Report on the cultivation and use of ganja
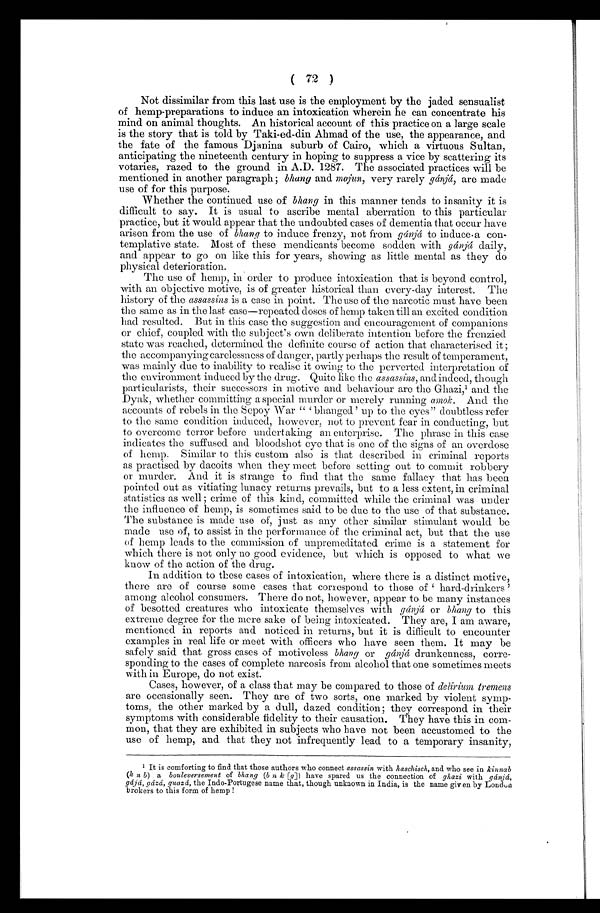
( 72 )
Not dissimilar from this last use is the employment by the jaded sensualist
of hemp-preparations to induce an intoxication wherein he can concentrate his
mind on animal thoughts. An historical account of this practice on a large scale
is the story that is told by Taki-ed-din Ahmad of the use, the appearance, and
the fate of the famous Djanina suburb of Cairo, which a virtuous Sultan,
anticipating the nineteenth century in hoping to suppress a vice by scattering its
votaries, razed to the ground in A.D. 1287. The associated practices will be
mentioned in another paragraph ; bhang and majun, very rarely gánjá, are made
use of for this purpose.
Whether the continued use of bhang in this manner tends to insanity it is
difficult to say. It is usual to ascribe mental aberration to this particular
practice, but it would appear that the undoubted cases of dementia that occur have
arisen from the use of bhang to induce frenzy, not from gánjá to induce-a con-
templative state. Most of these mendicants become sodden with gánjá daily,
and appear to go on like this for years, showing as little mental as they do
physical deterioration.
The use of hemp, in order to produce intoxication that is beyond control,
with an objective motive, is of greater historical than every-day interest. The
history of the assassins is a case in point. The use of the narcotic must have been
the same as in the last case—repeated doses of hemp taken till an excited condition
had resulted. But in this case the suggestion and encouragement of companions
or chief, coupled with the subject's own deliberate intention before the frenzied
state was reached, determined the definite course of action that characterised it ;
the accompanying carelessness of danger, partly perhaps the result of temperament,
was mainly due to inability to realise it owing to the perverted interpretation of
the environment induced by the drug. Quite like the assassins, and indeed, though
particularists, their successors in motive and behaviour are the Ghazi,¹ and the
Dyak, whether committing a special murder or merely running amok. And the
accounts of rebels in the Sepoy War "‘bhanged' up to the eyes" doubtless refer
to the same condition induced, however, not to prevent fear in conducting, but
to overcome terror before undertaking an enterprise. The phrase in this case
indicates the suffused and bloodshot eye that is one of the signs of an overdose
of hemp, Similar to this custom also is that described in criminal reports
as practised by dacoits when they meet before setting out to commit robbery
or murder. And it is strange to find that the same fallacy that has been
pointed out as vitiating lunacy returns prevails, but to a less extent, in criminal
statistics as well ; crime of this kind, committed while the criminal was under
the influence of hemp, is sometimes said to be due to the use of that substance.
The substance is made use of, just as any other similar stimulant would be
made use of, to assist in the performance of the criminal act, but that the use
of hemp leads to the commission of unpremeditated crime is a statement for
which there is not only no good evidence, but which is opposed to what we
know of the action of the drug.
In addition to these cases of intoxication, where there is a distinct motive,
there are of course some cases that correspond to those of ‘hard-drinkers'
among alcohol consumers. There do not, however, appear to be many instances
of besotted creatures who intoxicate themselves with gánjá or bhang to this
extreme degree for the mere sake of being intoxicated. They are, I am aware,
mentioned in reports and noticed in returns, but it is difficult to encounter
examples in real life or meet with officers who have seen them. It may be
safely said that gross cases of motiveless bhang or gánjá drunkenness, corre-
sponding to the cases of complete narcosis from alcohol that one sometimes meets
with in Europe, do not exist.
Cases, however, of a class that may be compared to those of delirium tremens
are occasionally seen. They are of two sorts, one marked by violent symp-
toms, the other marked by a dull, dazed condition; they correspond in their
symptoms with considerable fidelity to their causation. They have this in com-
mon, that they are exhibited in subjects who have not been accustomed to the
use of hemp, and that they not infrequently lead to a temporary insanity,
¹ It is comforting to find that those authors who connect assassin with haschisch, and who see in kinnab
(k n b) a bouleversement of bhang (b n k [g]) have spared us the connection of ghazi with gánjá,
g á j á , g á z á , g u a z á , t h e I n d o - P o r t u g e s e n a m e t h a t , t h o u g h u n k n o w n i n I n d i a , i s t h e n a m e g i v e n b y L o n d o n
brokers to this form of hemp !